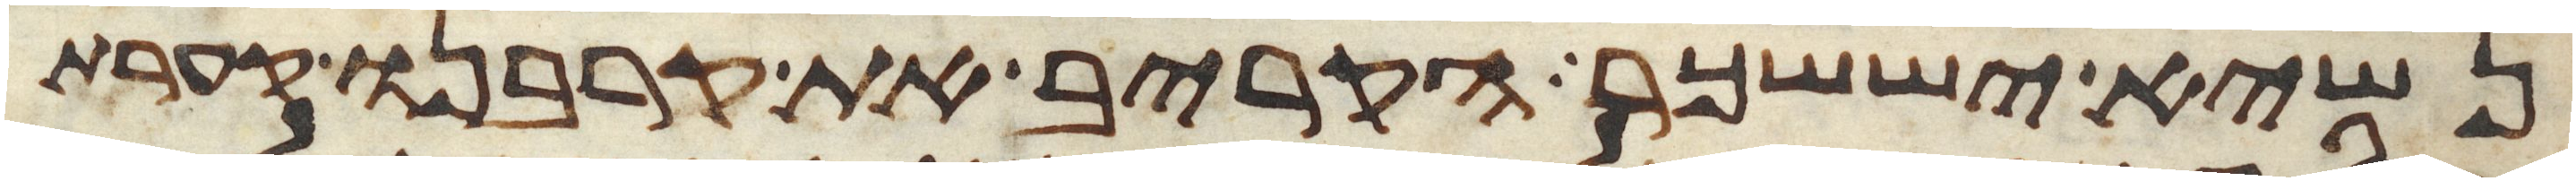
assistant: נשיא יששכר הקריב את קרבנו קערת